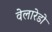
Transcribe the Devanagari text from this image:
वेलारेडो